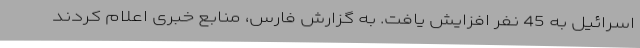
اسرائیل به 45 نفر افزایش یافت. به گزارش فارس، منابع خبری اعلام کردند